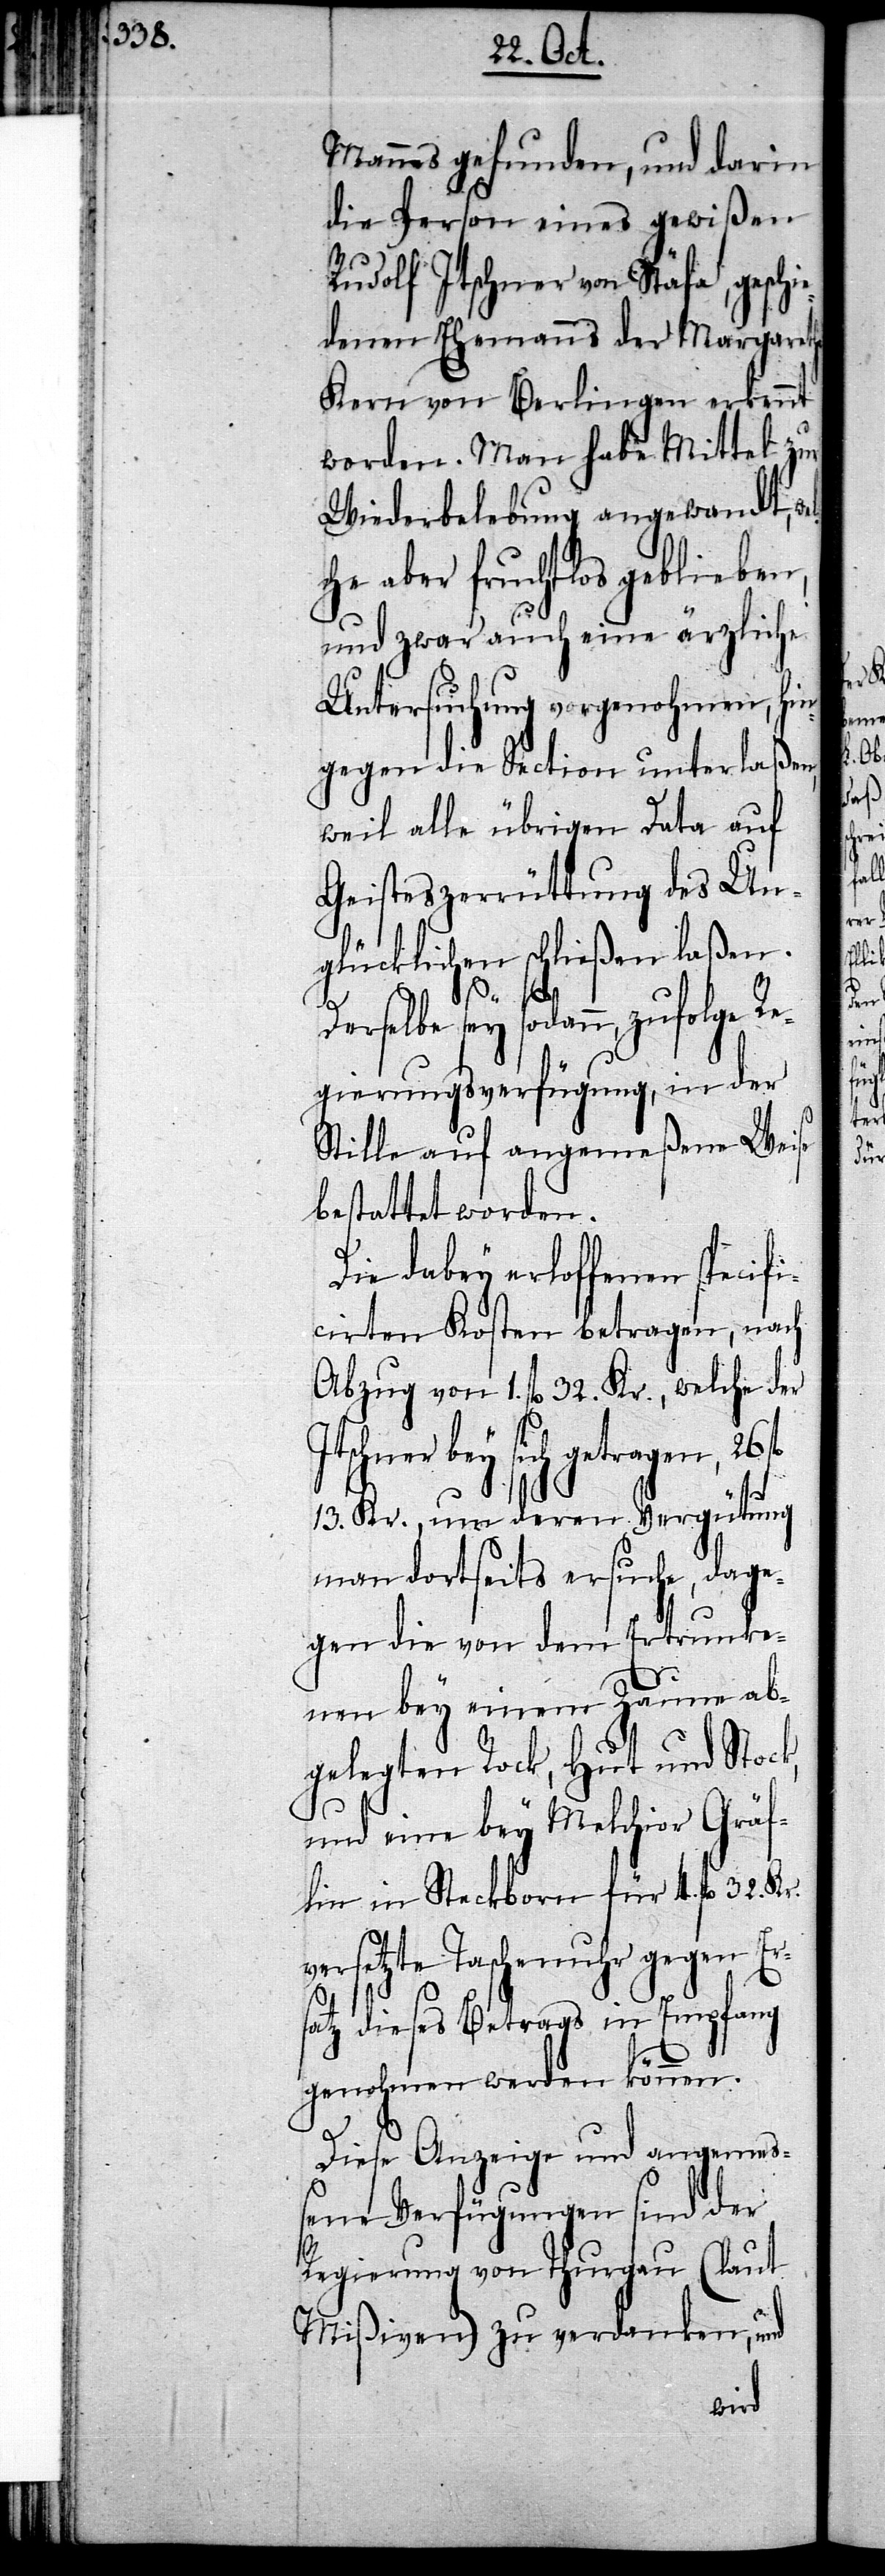
Mannes gefunden, und darin
die Person eines gewißen
Rudolf Itschner von Stäfa, gesch¬
denen Ehmanns der Margaretha
Kern von Berlingen erkennt
worden. Man habe Mittel zur
Wiederbelebung angewandt, we¬
lche aber fruchtlos geblieben,
und zwar auch eine ärzliche
Untersuchung vorgenohmen, hin¬
gegen die Section unterlaßen,
weil alle übrigen Data auf
Geisteszerrüttung des Un¬
glücklichen schließen laßen.
Derselbe sey sodann, zufolge Re¬
gierungsverfügung, in der
Stille auf angemeßene Weise
bestattet worden.
Die dabey erloffenen specifi¬
cirten Kosten betragen, nach
Abzug von 1. fl 32. Kr., welche der
ey sich getragen, 26
13. Kr., um deren Vergütung
man dortseits ersuche, dage¬
gen die von dem Ertrunke¬
nen bey einem Zaune ab¬
gelegten Rock, Hut und Stock,
und eine bey Melchior Gräf¬
lin in Steckborn für 4. fl 32. Kr.
versetzte Taschenuhr gegen Er¬
satz dies Betrags in Empfang
genohmen werden können.
Diese Anzeige und angemeß¬
ene Verfügungen sind der
Regierung von Thurgau (laut
Mißiven) zu verdanken, und
ie¬